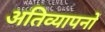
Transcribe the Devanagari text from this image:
अतिव्यापनों